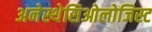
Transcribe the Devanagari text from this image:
अनेस्थेसिओलोजिस्ट